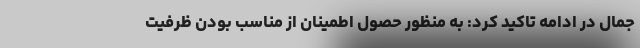
جمال در ادامه تاکید کرد: به منظور حصول اطمینان از مناسب بودن ظرفیت